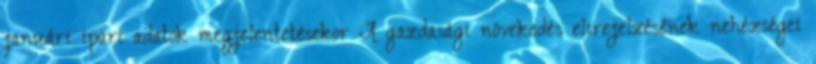
januári ipari adatok megjelentetésekor A gazdasági növekedés elırejelzésének nehézségei